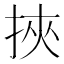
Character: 挾